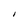
Character: I